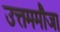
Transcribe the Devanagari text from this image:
उत्तममौजा